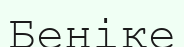
Беніке